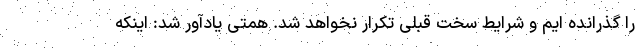
را گذرانده ایم و شرایط سخت قبلی تکرار نخواهد شد. همتی یادآور شد: اینکه